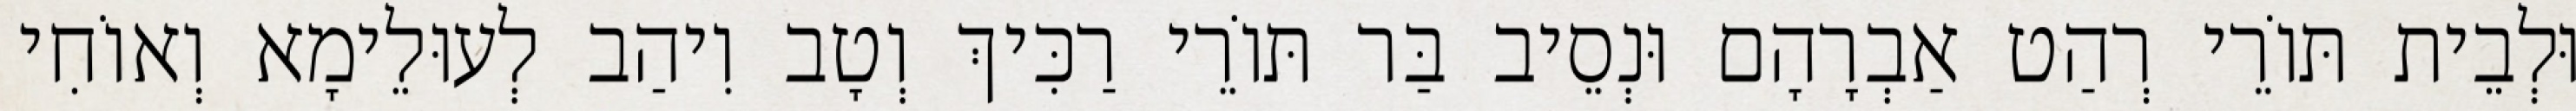
וּלְבֵית תּוֹרֵי רְהַט אַבְרָהָם וּנְסֵיב בַּר תּוֹרֵי רַכִּיךְ וְטָב וִיהַב לְעוּלֵימָא וְאוֹחִי